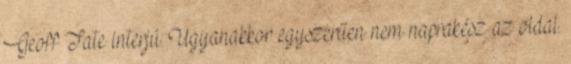
Geoff Tate interjú. Ugyanakkor egyszerűen nem naprakész az oldal.